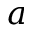
a